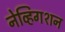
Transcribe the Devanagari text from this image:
नेव्हिगशन